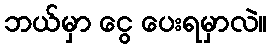
ဘယ်မှာ ငွေ ပေးရမှာလဲ။